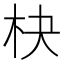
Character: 㭈